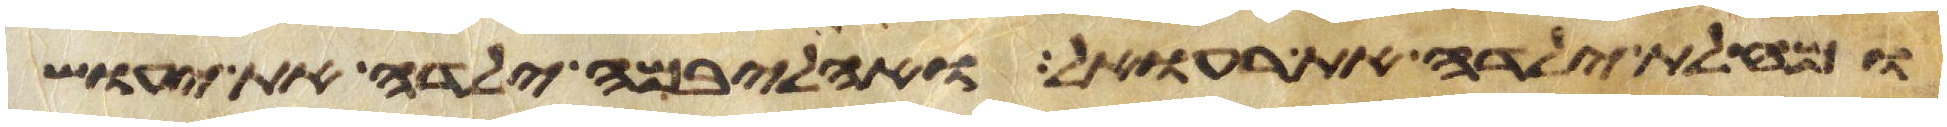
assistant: ומחלת ילדה את רעואל ואהליבמה ילדה את יעוש